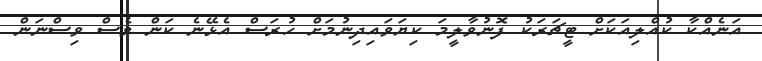
އަނެއްކާ ކުއްލިއަކަށް ޓީޗަރަކު ފޮނުވާލީމަ ކިޔަވައިދިނުމަށް ހުރަސް އެޅޭނެ ކަން ވެސް ވިސްނަން